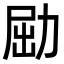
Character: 𠡰